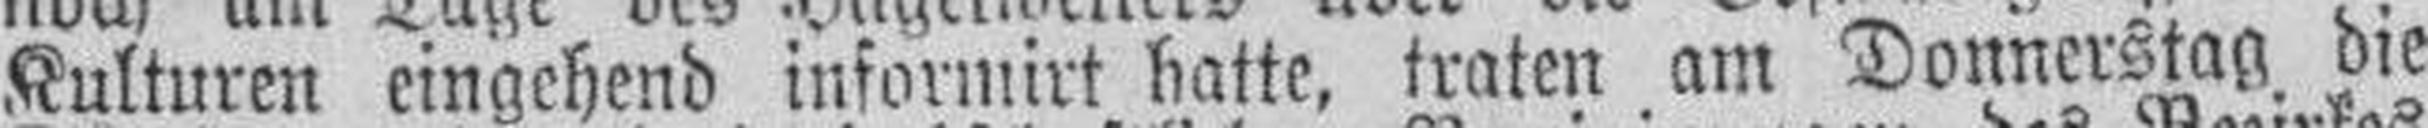
Kulturen eingehend informirt hatte, traten am Donnerstag die